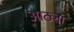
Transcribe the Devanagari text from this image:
आठ्या